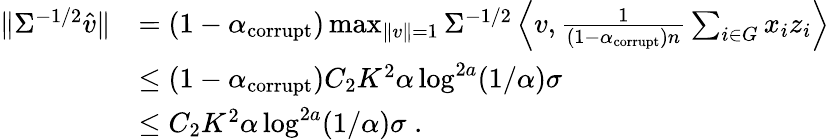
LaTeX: \begin{array}{rl}{\| \Sigma^{-1/2}\hat{v}\| }&{=(1-\alpha_{\mathrm{corrupt}})\operatorname*{max}_{\| v\| =1}\Sigma^{-1/2}\left\langle v,\frac{1}{(1-\alpha_{\mathrm{corrupt}})n}\sum_{i\in G}x_{i}z_{i}\right\rangle}\\ &{\leq(1-\alpha_{\mathrm{corrupt}})C_{2}K^{2}\alpha\log^{2a}(1/\alpha)\sigma}\\ &{\leq C_{2}K^{2}\alpha\log^{2a}(1/\alpha)\sigma\; .}\end{array}